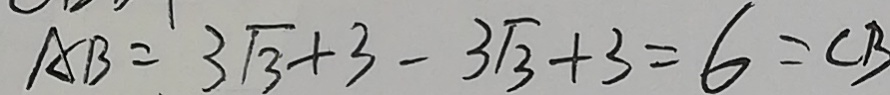
A B = 3 \sqrt { 3 } + 3 - 3 \sqrt { 3 } + 3 = 6 = C B